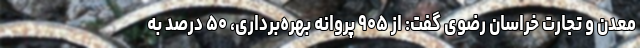
معدن و تجارت خراسان رضوی گفت: از ۹۰۵ پروانه بهره‌برداری، ۵۰ درصد به